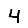
Digit: 4